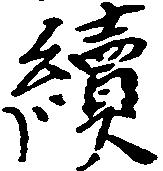
続